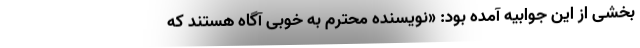
بخشی از این جوابیه آمده بود: «نویسنده محترم به خوبی آگاه هستند که